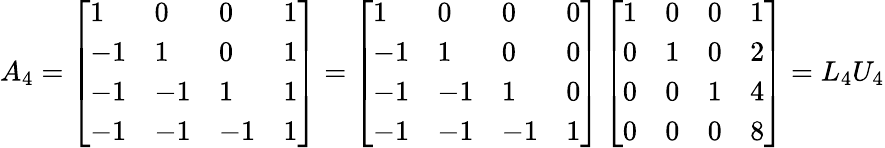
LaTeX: A_{4}=\left[\begin{array}{llll}{1}&{0}&{0}&{1}\\ {-1}&{1}&{0}&{1}\\ {-1}&{-1}&{1}&{1}\\ {-1}&{-1}&{-1}&{1}\end{array}\right]=\left[\begin{array}{llll}{1}&{0}&{0}&{0}\\ {-1}&{1}&{0}&{0}\\ {-1}&{-1}&{1}&{0}\\ {-1}&{-1}&{-1}&{1}\end{array}\right]\left[\begin{array}{llll}{1}&{0}&{0}&{1}\\ {0}&{1}&{0}&{2}\\ {0}&{0}&{1}&{4}\\ {0}&{0}&{0}&{8}\end{array}\right]=L_{4}U_{4}